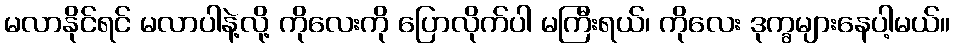
မလာနိုင်ရင် မလာပါနဲ့လို့ ကိုလေးကို ပြောလိုက်ပါ မကြီးရယ်၊ ကိုလေး ဒုက္ခများနေပါ့မယ်။